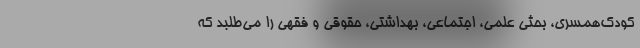
کودک‌همسری، بحثی علمی، اجتماعی، بهداشتی، حقوقی و فقهی را می‌طلبد که